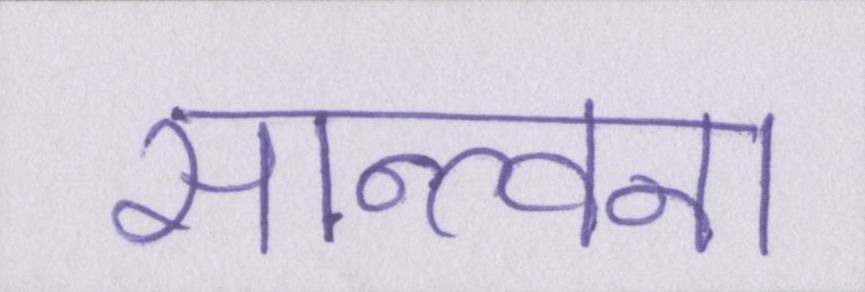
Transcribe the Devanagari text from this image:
सान्त्वना